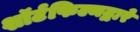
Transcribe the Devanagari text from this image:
शॉर्टफिल्मद्वारे